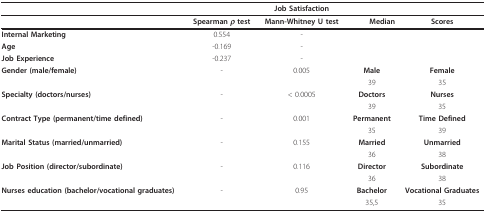
<table><thead><tr><td></td><td></td><td><b>Job Satisfaction</b></td><td></td><td></td></tr></thead><tbody><tr><td></td><td><b>Spearman <i>ρ </i>test</b></td><td><b>Mann-Whitney U test</b></td><td><b>Median</b></td><td><b>Scores</b></td></tr><tr><td><b>Internal Marketing</b></td><td>0.554</td><td>-</td><td></td><td></td></tr><tr><td><b>Age</b></td><td>-0.169</td><td>-</td><td></td><td></td></tr><tr><td><b>Job Experience</b></td><td>-0.237</td><td>-</td><td></td><td></td></tr><tr><td><b>Gender (male/female)</b></td><td>-</td><td>0.005</td><td><b>Male</b></td><td><b>Female</b></td></tr><tr><td></td><td></td><td></td><td>39</td><td>35</td></tr><tr><td><b>Specialty (doctors/nurses)</b></td><td>-</td><td>&lt; 0.0005</td><td><b>Doctors</b></td><td><b>Nurses</b></td></tr><tr><td></td><td></td><td></td><td>39</td><td>35</td></tr><tr><td><b>Contract Type (permanent/time defined)</b></td><td>-</td><td>0.001</td><td><b>Permanent</b></td><td><b>Time Defined</b></td></tr><tr><td></td><td></td><td></td><td>35</td><td>39</td></tr><tr><td><b>Marital Status (married/unmarried)</b></td><td>-</td><td>0.155</td><td><b>Married</b></td><td><b>Unmarried</b></td></tr><tr><td></td><td></td><td></td><td>36</td><td>38</td></tr><tr><td><b>Job Position (director/subordinate)</b></td><td>-</td><td>0.116</td><td><b>Director</b></td><td><b>Subordinate</b></td></tr><tr><td></td><td></td><td></td><td>36</td><td>38</td></tr><tr><td><b>Nurses education (bachelor/vocational graduates)</b></td><td>-</td><td>0.95</td><td><b>Bachelor</b></td><td><b>Vocational Graduates</b></td></tr><tr><td></td><td></td><td></td><td>35,5</td><td>35</td></tr></tbody></table>